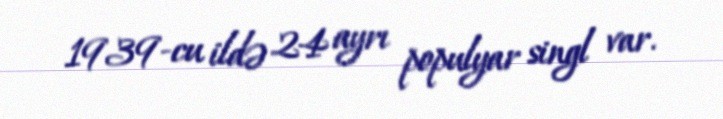
1939-cu ildə 24 ayrı populyar singl var.